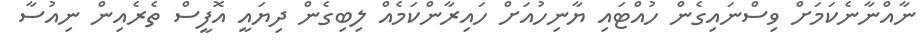
ނާއްނާނެކަމަށް ވިސްނައިގެން ހުއްޓައި ޔާނިހުއަށް ހައިރާންކަމެއް ލިބިގެން ދިޔައީ އޮފީސް ތެރެއިން ނިއުސާ